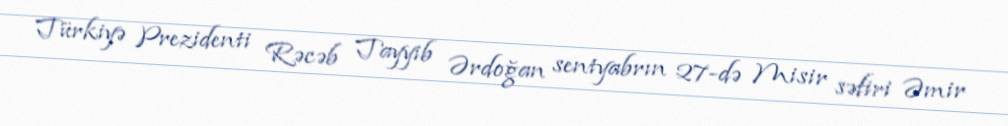
Türkiyə Prezidenti Rəcəb Tayyib Ərdoğan sentyabrın 27-də Misir səfiri Əmir